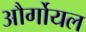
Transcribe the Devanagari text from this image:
और्गोयल